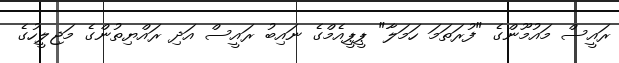
ރައީސް މައުމޫންގެ "ފުރަތަމަ ހަމަލާ" ޕީޕީއެމްގެ ނައިބު ރައީސް އަދި ރައްޔިތުންގެ މަޖިލީހުގެ